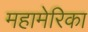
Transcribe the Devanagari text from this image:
महामेरिका